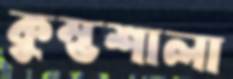
কুম্ভশালা